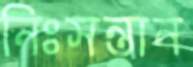
নিঃসন্তান